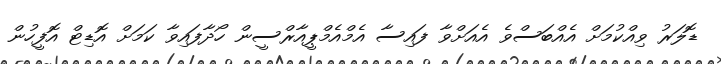
ޑޮލަރު ވިއްކުމަށް އެއްބަސްވެ އެއަށްވާ ފައިސާ އެމްއެމްޕީއާރްސީން ހޯދާފައިވާ ކަމަށް އޮޑިޓް އޮފީހުން